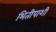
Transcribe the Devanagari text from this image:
भितीपाशी